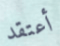
أعتقد